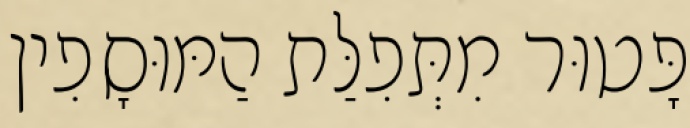
פָּטוּר מִתְּפִלַּת הַמּוּסָפִין